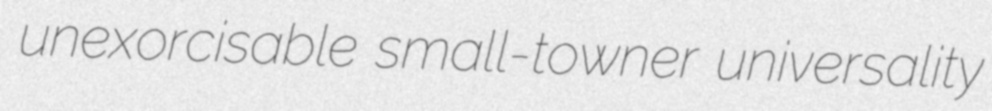
unexorcisable small-towner universality